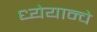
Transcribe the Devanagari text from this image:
ध्येयान्चे